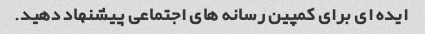
ایده ای برای کمپین رسانه های اجتماعی پیشنهاد دهید.